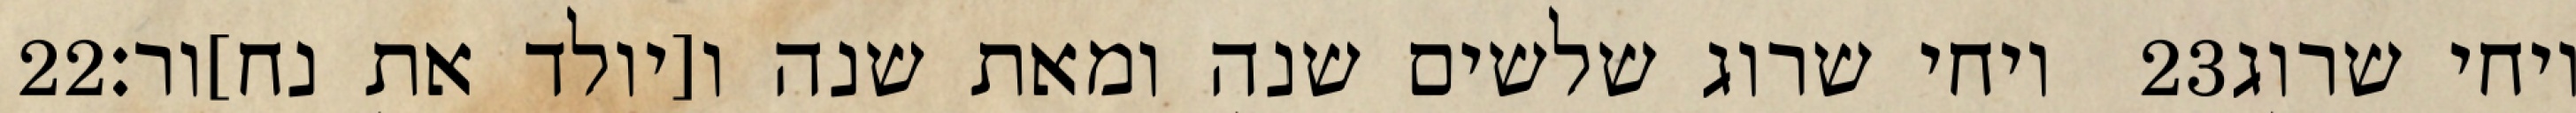
‎22‏ ויחי שרוג שלשים שנה ומאת שנה ו[יולד את נח]ור׃ ‎23‏ ויחי שרוג